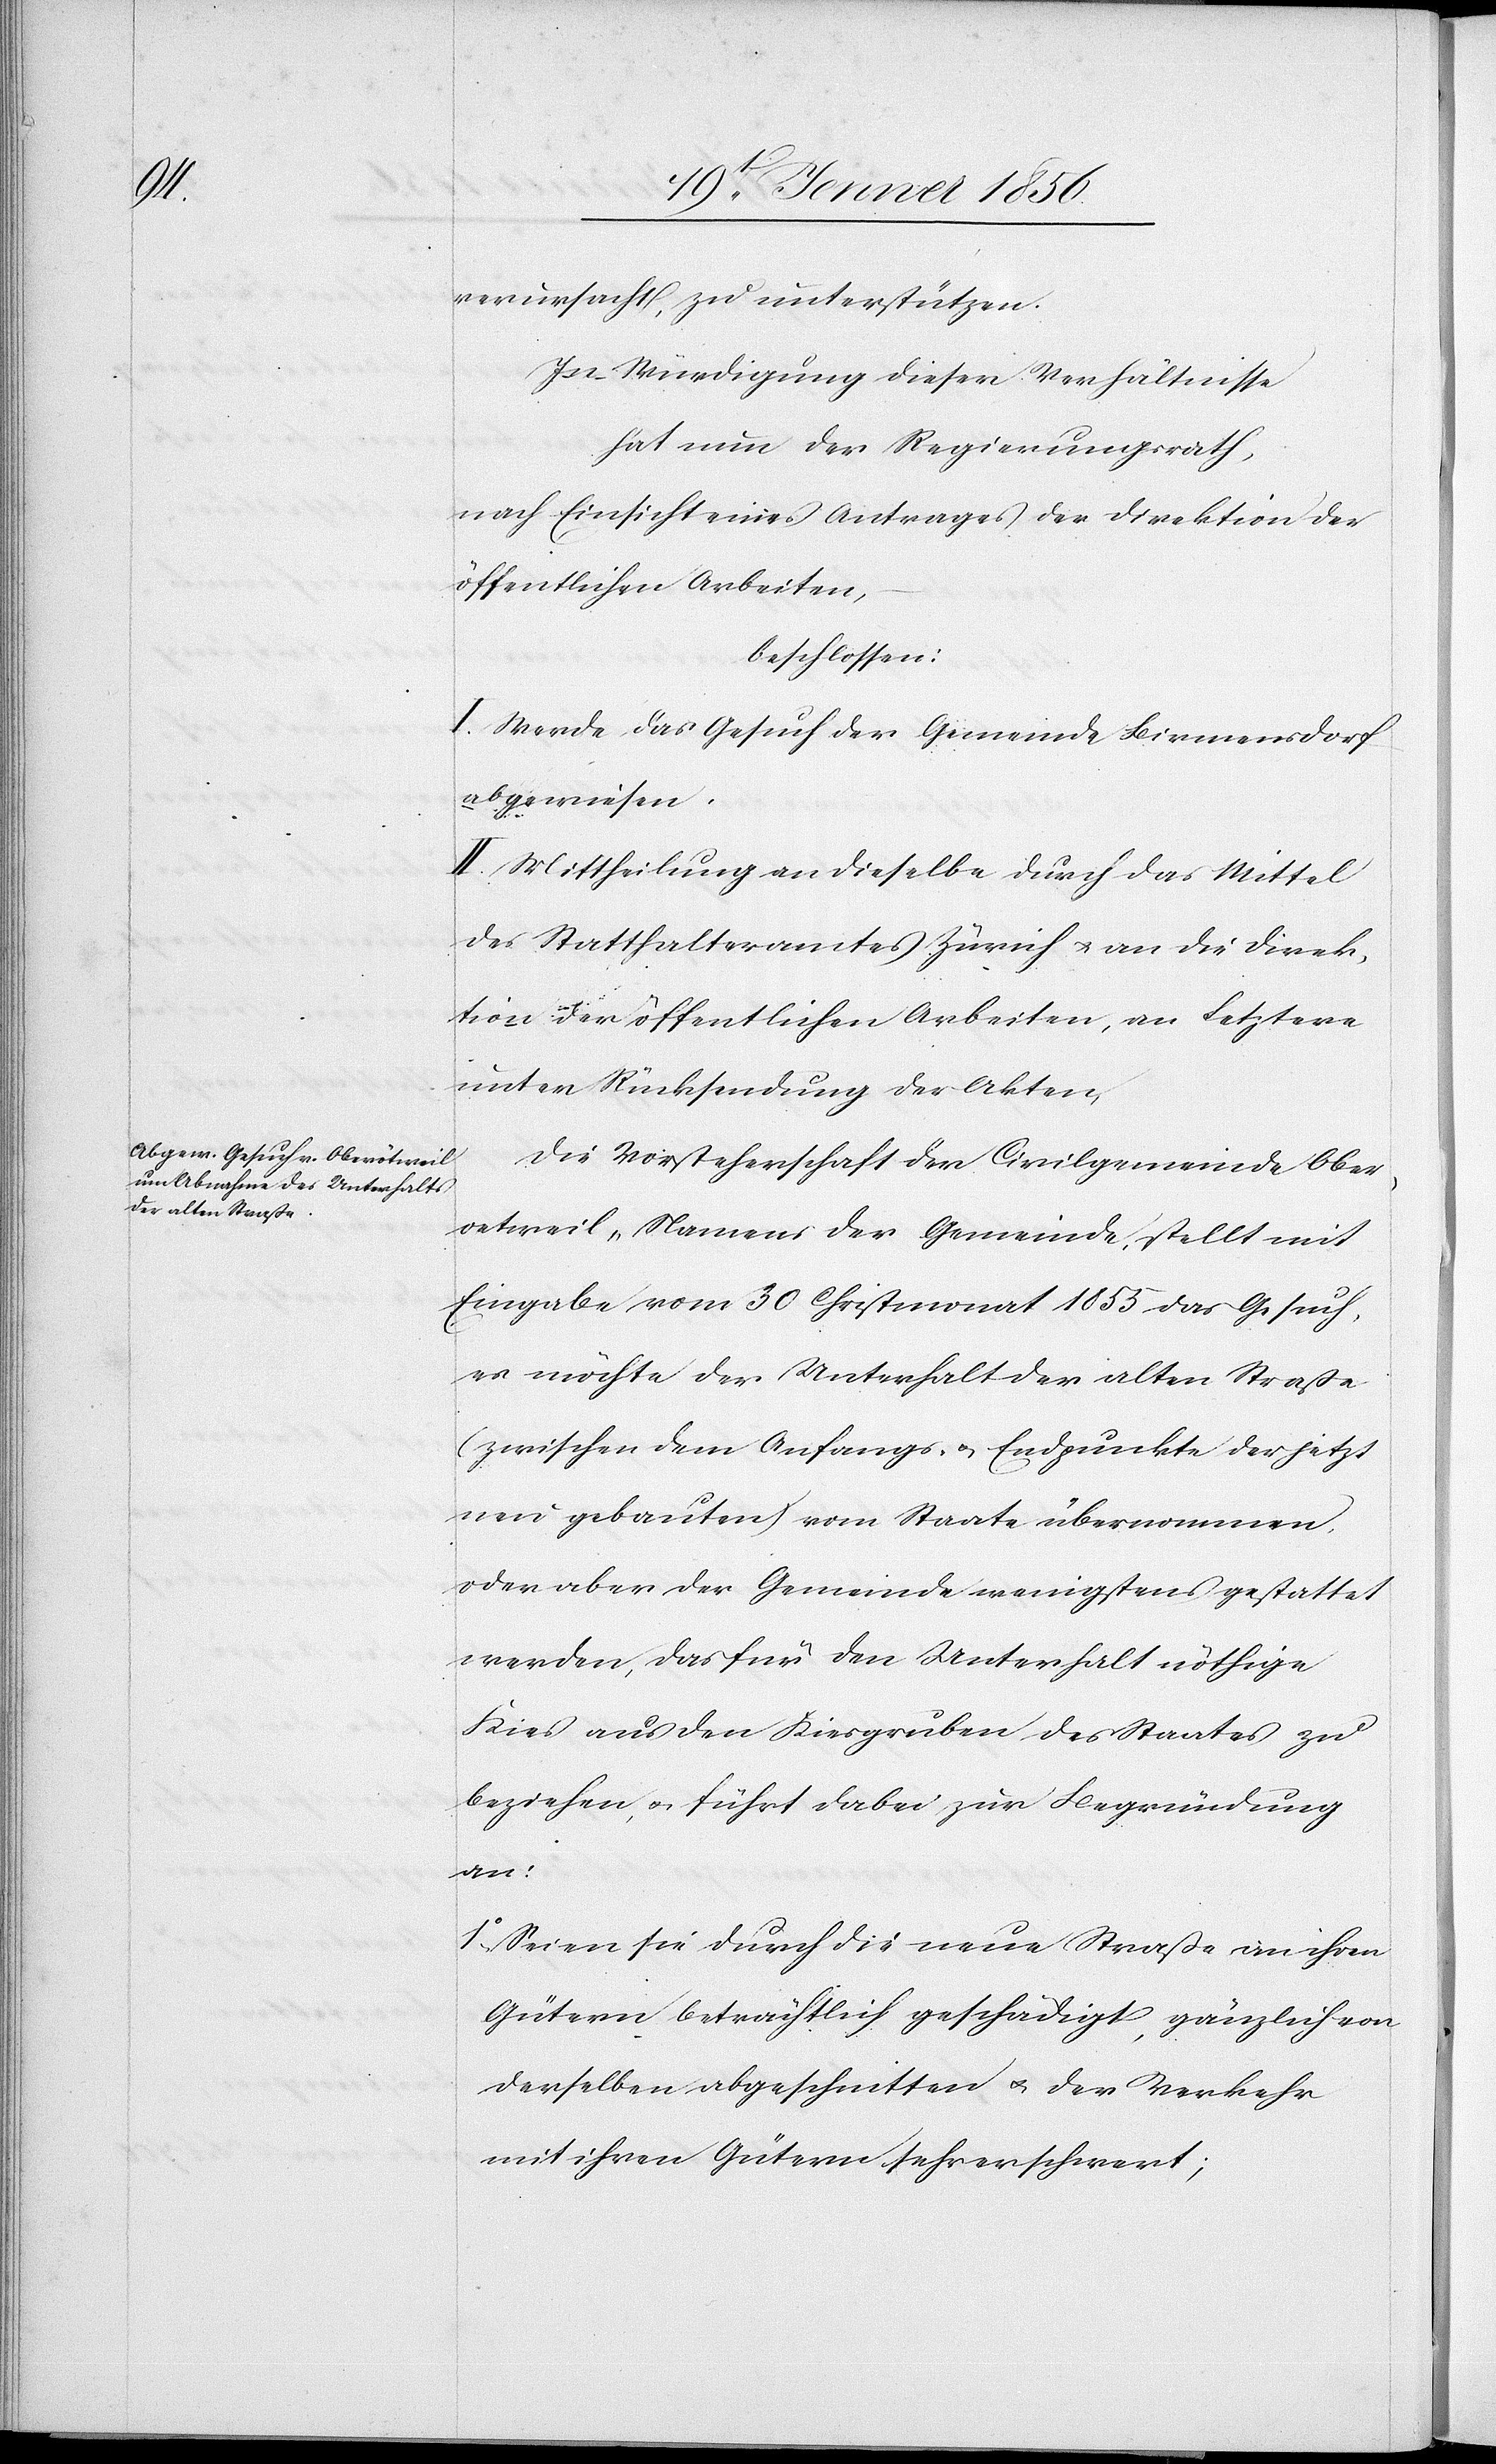
verursacht, zu unterstützen.
In Würdigung dieser Verhältnisse
hat nun der Regierungsrath,
nach Einsicht eines Antrages der Direktion der
öffentlichen Arbeiten
beschossen:
I. Werde das Gesuch der Gemeinde Birmensdorf
abgewiesen.
II. Mittheilung an dieselbe durch das Mittel
des Statthalteramtes Zürich u. an die Direk¬
tion der öffentlichen Arbeiten, an Letztern
unter Rücksendung der Akten.
Die Vorsteherschaft der Civilgemeinde Ober¬
oetweil, Namens der Gemeinde, stellt mit
Eingabe vom 30 Christmonat 1855 das Gesuch,
es möchte der Unterhalt der alten Straße
(zwischen dem Anfangs- u. Endpunkte der jetzt
neu gebauten) vom Staate übernommen,
oder aber der Gemeinde wenigstens gestattet
werden, das für den Unterhalt nöthige
Kies aus den Kiesgruben des Staates zu
beziehen, u. führt dabei zur Begründung
an:
1o Seien sie durch die neue Straße an ihren
Gütern beträchtlich geschädigt, gänzlich von
derselben abgeschnitten u. der Verkehr
mit ihren Gütern sehr erschwert;